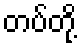
တပ်တို့